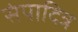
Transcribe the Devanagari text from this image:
संपादित्र